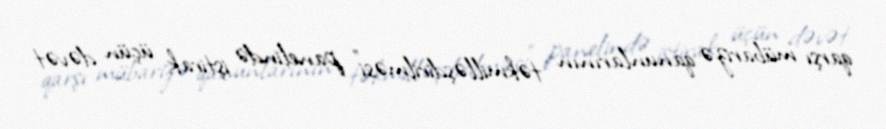
qarşı mübarizə qanunlarının təkmilləşdirilməsi” panelində iştirak üçün dəvət